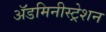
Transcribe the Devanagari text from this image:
ॲडमिनीस्ट्रेशन